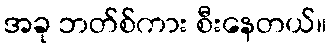
အခု ဘတ်စ်ကား စီးနေတယ်။